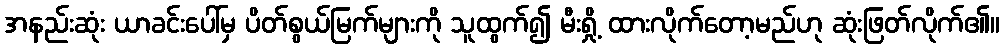
အနည်းဆုံး ယာခင်းပေါ်မှ ပိတ်စွယ်မြက်များကို သူထွက်၍ မီးရှို့ ထားလိုက်တော့မည်ဟု ဆုံးဖြတ်လိုက်၏။